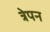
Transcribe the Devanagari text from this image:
त्रेपन